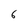
Character: 6